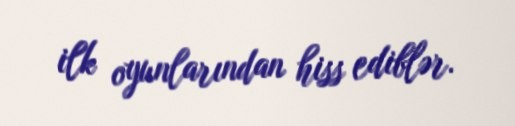
ilk oyunlarından hiss ediblər.